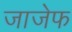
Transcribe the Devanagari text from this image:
जाजेफ